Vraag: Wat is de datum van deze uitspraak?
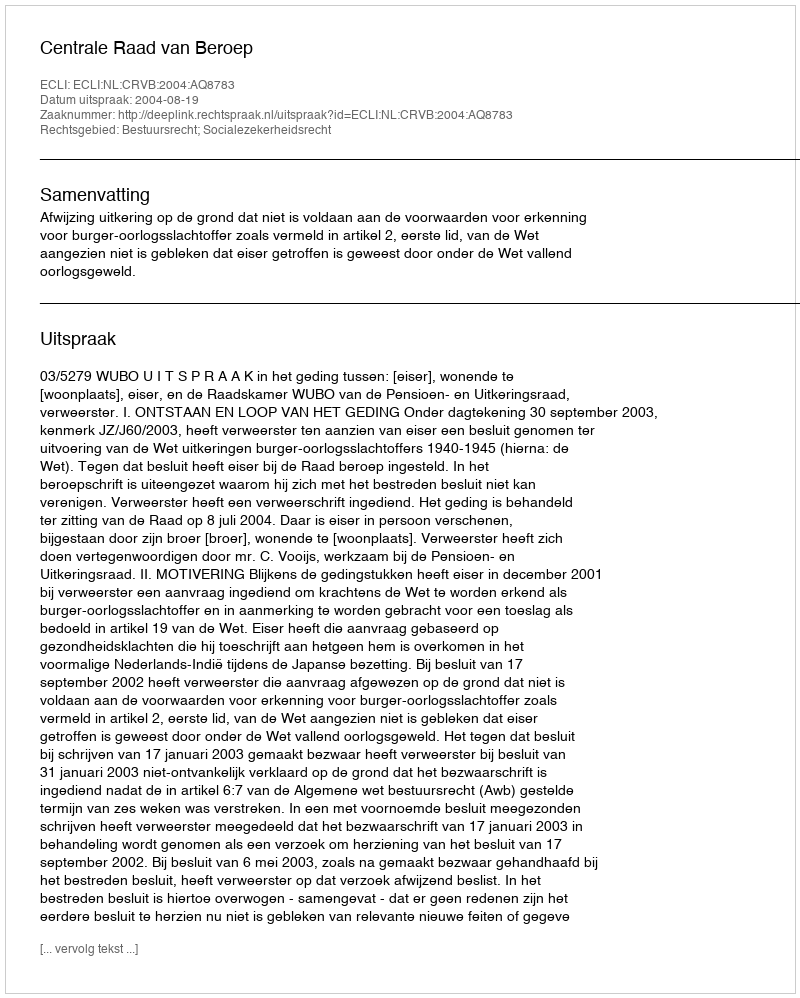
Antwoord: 2004-08-19